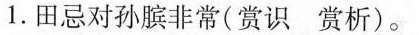
1.田忌对孙膑非常(赏识 赏析)。